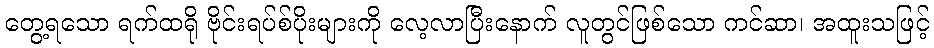
တွေ့ရသော ရက်ထရို ဗိုင်းရပ်စ်ပိုးများကို လေ့လာပြီးနောက် လူတွင်ဖြစ်သော ကင်ဆာ၊ အထူးသဖြင့်